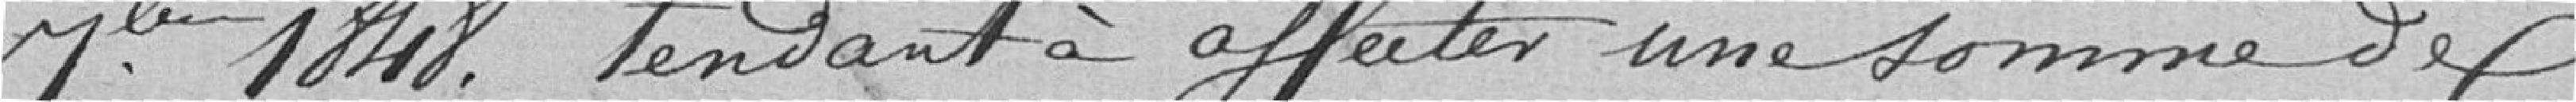
septembre 1848. tendant à affecter une somme de